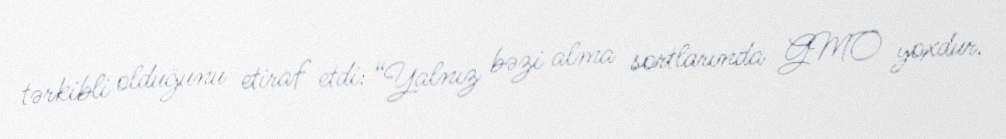
tərkibli olduğunu etiraf etdi: “Yalnız bəzi alma sortlarında GMO yoxdur.